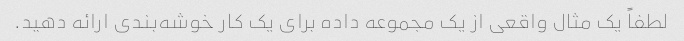
لطفاً یک مثال واقعی از یک مجموعه داده برای یک کار خوشه‌بندی ارائه دهید.